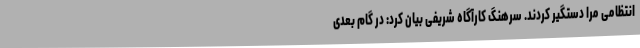
انتظامی مرا دستگیر کردند. سرهنگ کارآگاه شریفی بیان کرد: در گام بعدی